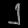
Digit: ၂